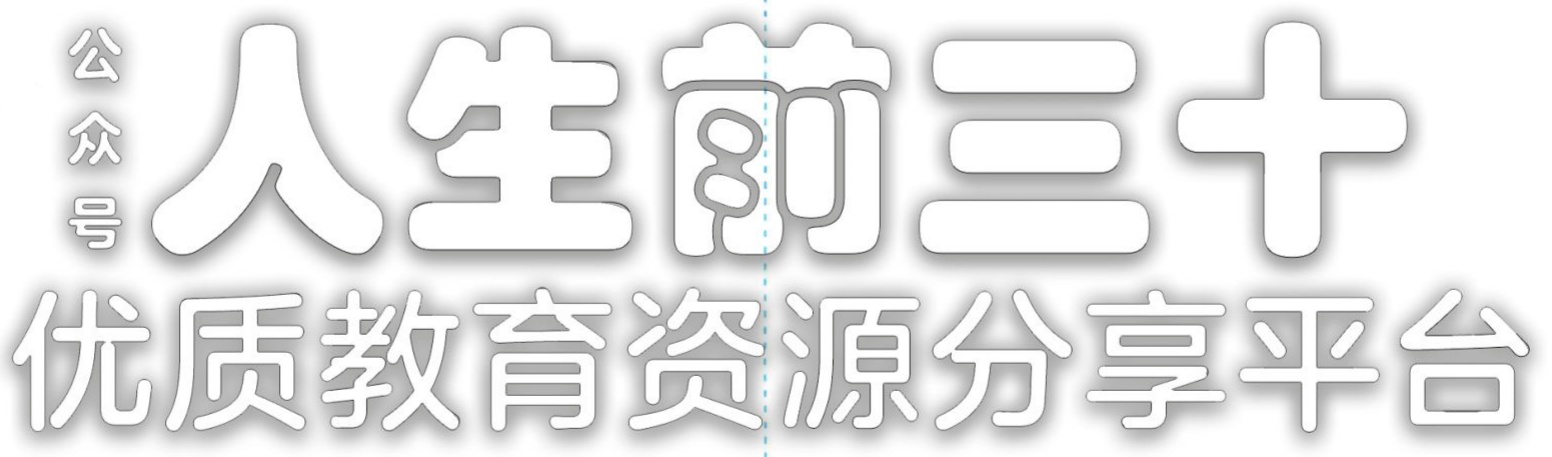
公众号 人生前三十 优质教育资源分享平台